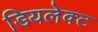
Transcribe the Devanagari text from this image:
डियलेक्ट